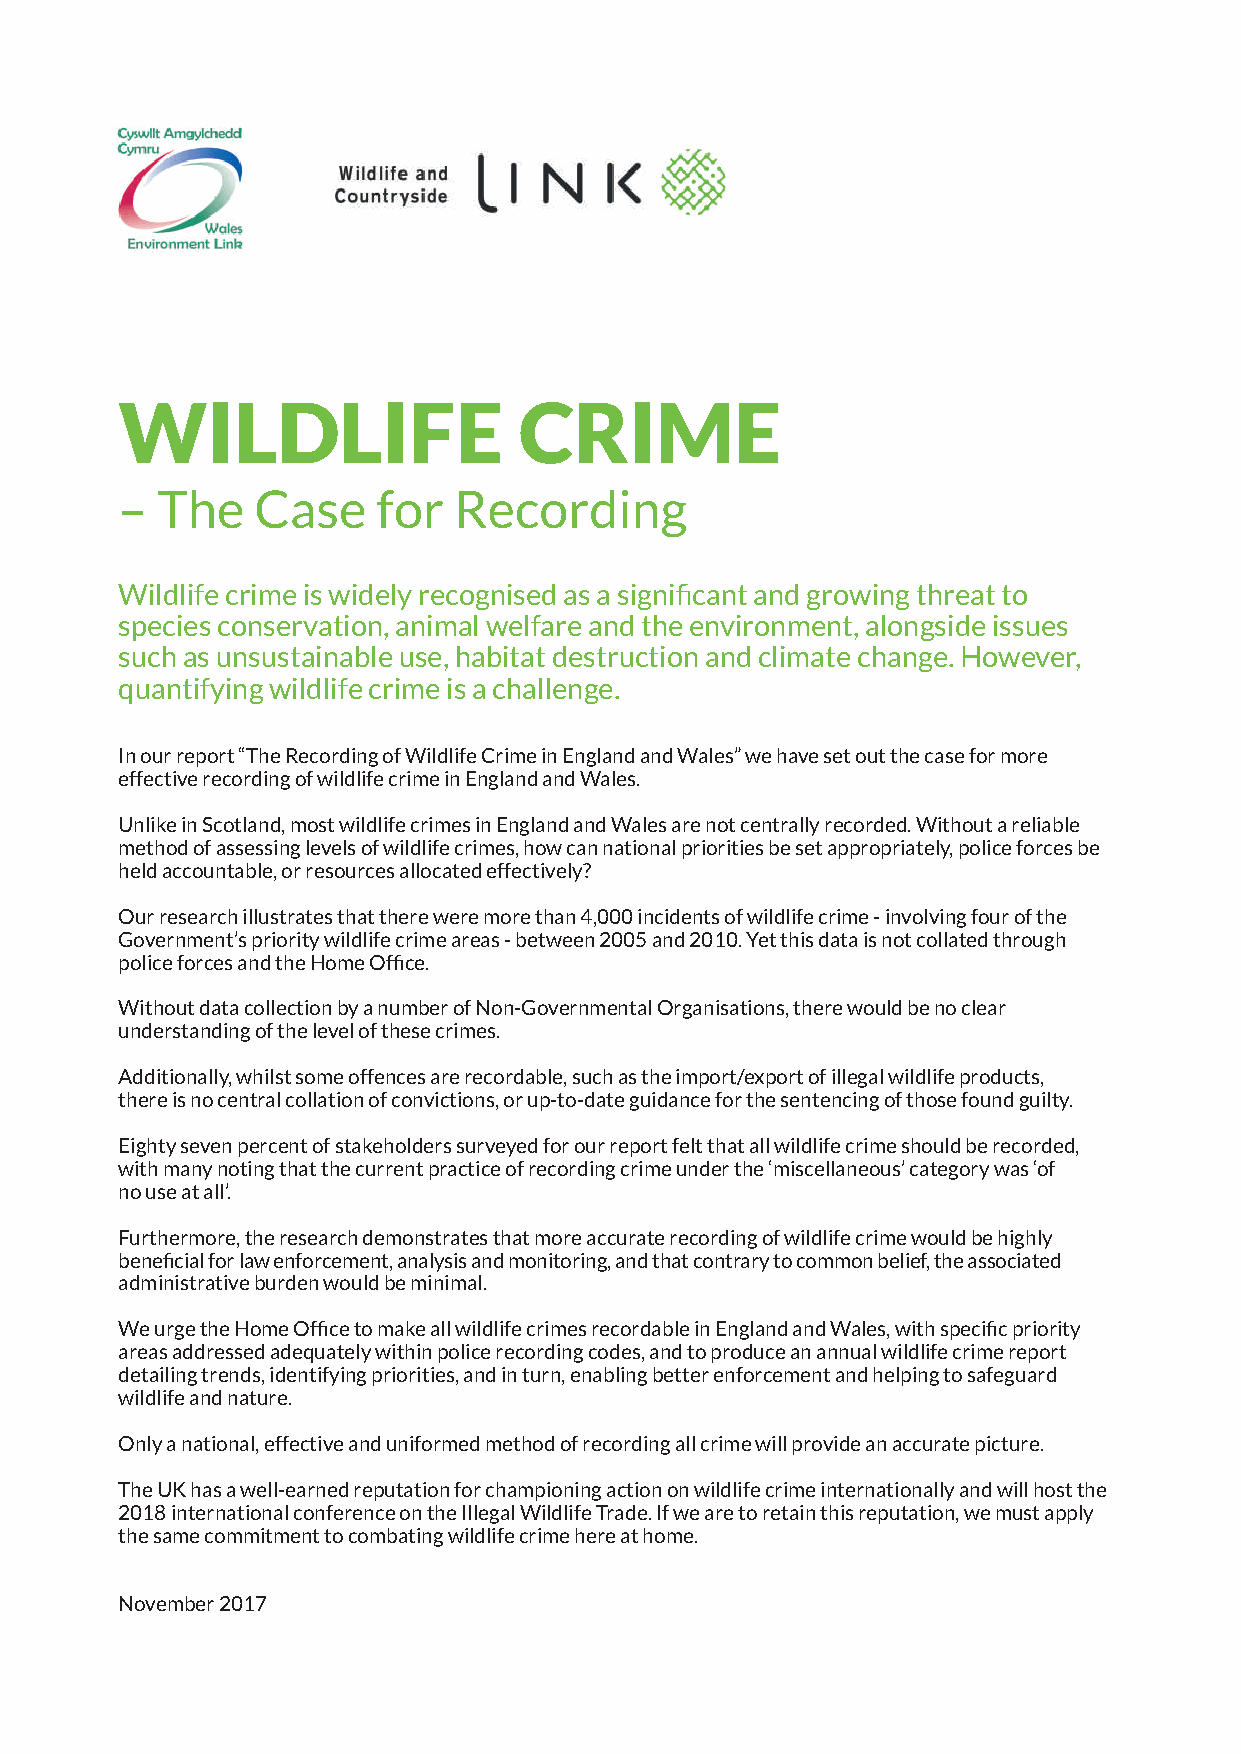
WILDLIFE                  CRIME
 – The    Case    for  Recording
 Wildlife crime is widely recognised as a significant and growing threat to
 species conservation, animal welfare and the environment, alongside issues
 such as unsustainable use, habitat destruction and climate change. However,
 quantifying wildlife crime is a challenge.
 In our report “The Recording of Wildlife Crime in England and Wales” we have set out the case for more
 effective recording of wildlife crime in England and Wales.
 Unlike in Scotland, most wildlife crimes in England and Wales are not centrally recorded. Without a reliable
 method of assessing levels of wildlife crimes, how can national priorities be set appropriately, police forces be
 held accountable, or resources allocated effectively?
 Our research illustrates that there were more than 4,000 incidents of wildlife crime - involving four of the
 Government’s priority wildlife crime areas - between 2005 and 2010. Yet this data is not collated through
 police forces and the Home Office.
 Without data collection by a number of Non-Governmental Organisations, there would be no clear
 understanding of the level of these crimes.
 Additionally, whilst some offences are recordable, such as the import/export of illegal wildlife products,
 there is no central collation of convictions, or up-to-date guidance for the sentencing of those found guilty.
 Eighty seven percent of stakeholders surveyed for our report felt that all wildlife crime should be recorded,
 with many noting that the current practice of recording crime under the ‘miscellaneous’ category was ‘of
 no use at all’.
 Furthermore, the research demonstrates that more accurate recording of wildlife crime would be highly
 beneficial for law enforcement, analysis and monitoring, and that contrary to common belief, the associated
 administrative burden would be minimal.
 We urge the Home Office to make all wildlife crimes recordable in England and Wales, with specific priority
 areas addressed adequately within police recording codes, and to produce an annual wildlife crime report
 detailing trends, identifying priorities, and in turn, enabling better enforcement and helping to safeguard
 wildlife and nature.
 Only a national, effective and uniformed method of recording all crime will provide an accurate picture.
 The UK has a well-earned reputation for championing action on wildlife crime internationally and will host the
 2018 international conference on the Illegal Wildlife Trade. If we are to retain this reputation, we must apply
 the same commitment to combating wildlife crime here at home.
 November 2017